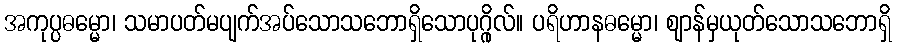
အကုပ္ပဓမ္မော၊ သမာပတ်မပျက်အပ်သောသဘောရှိသောပုဂ္ဂိုလ်။ ပရိဟာနဓမ္မော၊ ဈာန်မှယုတ်သောသဘောရှိ